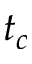
t _ { c }